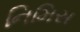
નિમિસ